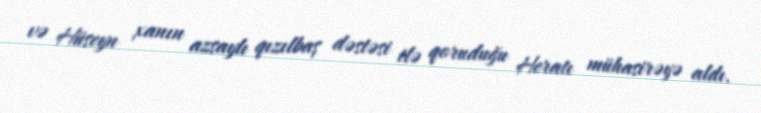
və Hüseyn xanın azsaylı qızılbaş dəstəsi ilə qoruduğu Heratı mühasirəyə aldı.